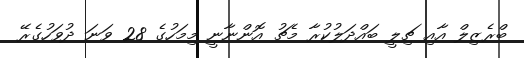
ބްރެޒިލް އާއި ޗިލީ ބައްދަލުކުރާ މެޗު އޮންނާނީ މިމަހުގެ 28 ވަނަ ދުވަހުގެރޭ